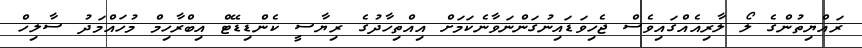
ރައްޔިތުންގެ ލޯ ލާރިއެއްގައިވެސް ޖެހިވަޑައިނުގަންނަވާނެކަމަށް އިއްތިހާދުގެ ރިޔާސީ ކެންޑިޑޭޓް އިބްރާހިމް މުހައްމަދު ސާލިހް